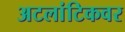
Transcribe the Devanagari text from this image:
अटलांटिकवर